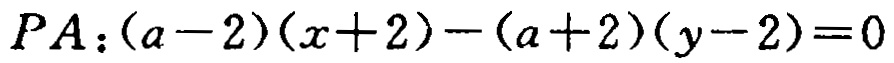
\(PA:(a - 2)(x + 2) - (a + 2)(y - 2) = 0\)